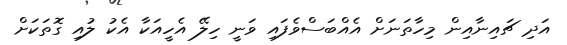
އަދި ޗައިނާއިން މިހާތަނަށް އެއްބަސްވެފައި ވަނީ ހިލޭ އެހީއަކާ އެކު ލުއި ގޮތަކަށް